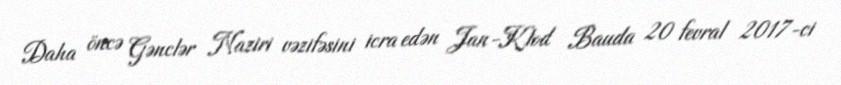
Daha öncə Gənclər Naziri vəzifəsini icra edən Jan-Klod Bauda 20 fevral 2017-ci